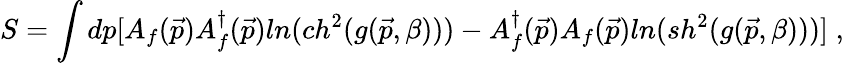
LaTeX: S=\int dp[A_{f}(\vec{p})A_{f}^{\dagger}(\vec{p})ln(ch^{2}(g(\vec{p},\beta)))-A_{f}^{\dagger}(\vec{p})A_{f}(\vec{p})ln(sh^{2}(g(\vec{p},\beta)))]\; ,